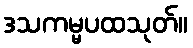
ဒသကမ္မပထသုတ်။